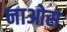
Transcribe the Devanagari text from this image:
नाओस